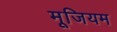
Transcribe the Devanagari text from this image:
मूजियम